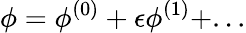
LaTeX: \phi=\phi^{(0)}+\epsilon\phi^{(1)}+...